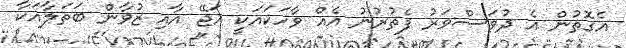
އެގޮތުން އެ ދުވަސްވަރު ފެތުރުނު އެއް ވާހަކައަކީ އަޖޭ އާއި ޒުވާން ބަތަލާއަކާ